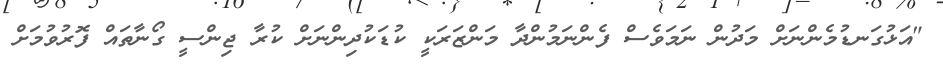
"އަޅުގަނޑުމެންނަށް މަދުން ނަމަވެސް ފެންނަމުންދާ މަންޒަރަކީ ކުޑަކުދިންނަށް ކުރާ ޖިންސީ ގޯނާތައް ފޮރުވުމަށް